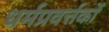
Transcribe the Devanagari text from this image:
धर्मप्रवर्त्तकों